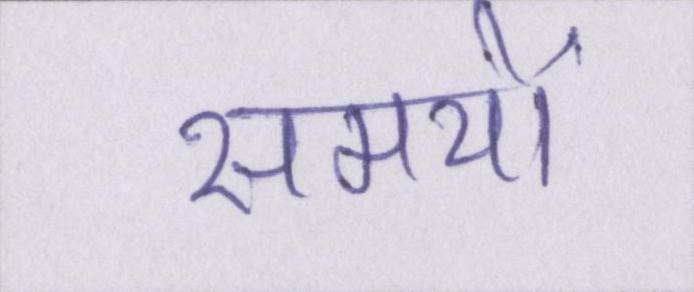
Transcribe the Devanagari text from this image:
समयों